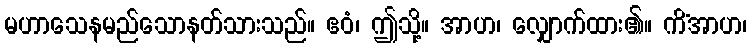
မဟာသေနမည်သောနတ်သားသည်။ ဧဝံ၊ ဤသို့။ အာဟ၊ လျှောက်ထား၏။ ကိံအာဟ၊